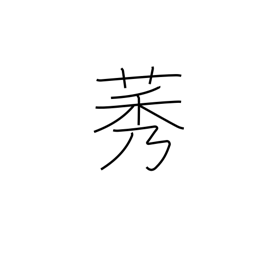
Meaning: type of weed which resembles rice